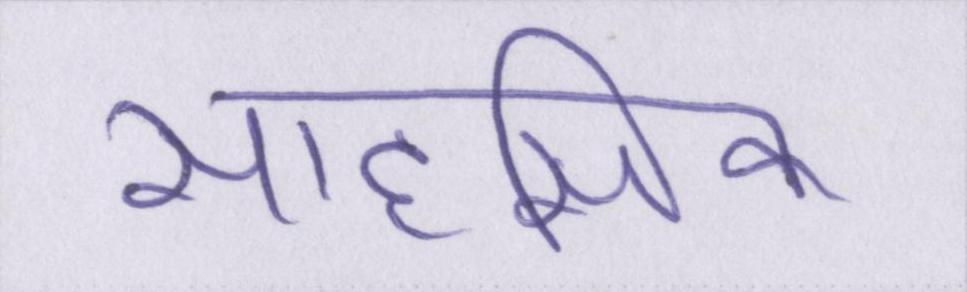
साहसिक